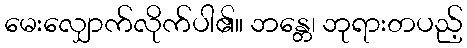
မေးလျှောက်လိုက်ပါ၏။ ဘန္တေ၊ ဘုရားတပည့်